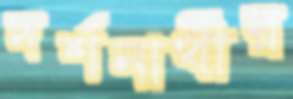
দর্শনার্থীর